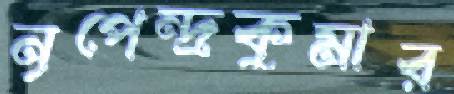
নৃপেন্দ্রকুমার